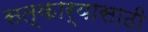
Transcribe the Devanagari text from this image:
सत्कार्यासाठी